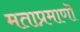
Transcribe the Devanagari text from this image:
मताप्रमाणाॆ